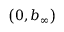
\left( 0 , b _ { \infty } \right)